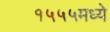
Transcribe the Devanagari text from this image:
१५५५मध्ये